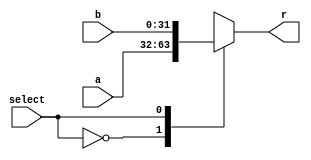
`timescale 1ns / 1ps
//////////////////////////////////////////////////////////////////////////////////
// Company: 
// Engineer: 
// 
// Design Name: 
// Module Name: mux
// Project Name: 
// Target Devices: 
// Tool Versions: 
// Description: 
// 
// Dependencies: 
// 
// Revision:
// Revision 0.01 - File Created
// Additional Comments:
// 
//////////////////////////////////////////////////////////////////////////////////


module mux
    #(parameter WIDTH=32)
    (input [WIDTH-1:0] a,
    input [WIDTH-1:0] b,
    input select,
    output reg [WIDTH-1:0] r);
    
    always @(*)begin
        case(select)
            1'b0:r = a;
            1'b1:r = b;
        endcase
    end
endmodule